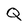
Character: Q